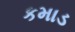
કમાડ